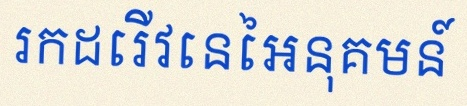
រកដេរីវេនៃអនុគមន៍